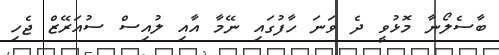
ބާސެލޯނާ މޮޅުވީ ދެ ވަނަ ހާފުގައި ނޭމާ އާއި ލުއިސް ސުއަރޭޒް ޖެހި